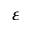
\varepsilon